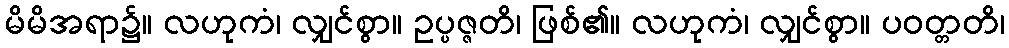
မိမိအရာ၌။ လဟုကံ၊ လျှင်စွာ။ ဥပ္ပဇ္ဇတိ၊ ဖြစ်၏။ လဟုကံ၊ လျှင်စွာ။ ပဝတ္တတိ၊